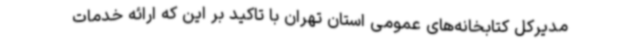
مدیرکل کتابخانه‌های عمومی استان تهران با تاکید بر این که ارائه خدمات